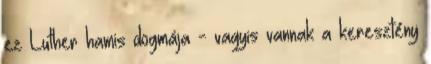
ez Luther hamis dogmája - vagyis vannak a keresztény